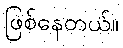
ဖြစ်နေတယ်။